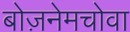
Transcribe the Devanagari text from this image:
बोज़नेमचोवा